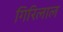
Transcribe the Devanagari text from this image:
गिरिलाल